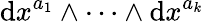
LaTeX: \mathrm{d}x^{a_{1}}\wedge\cdots\wedge\mathrm{d}x^{a_{k}}